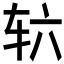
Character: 𮝳